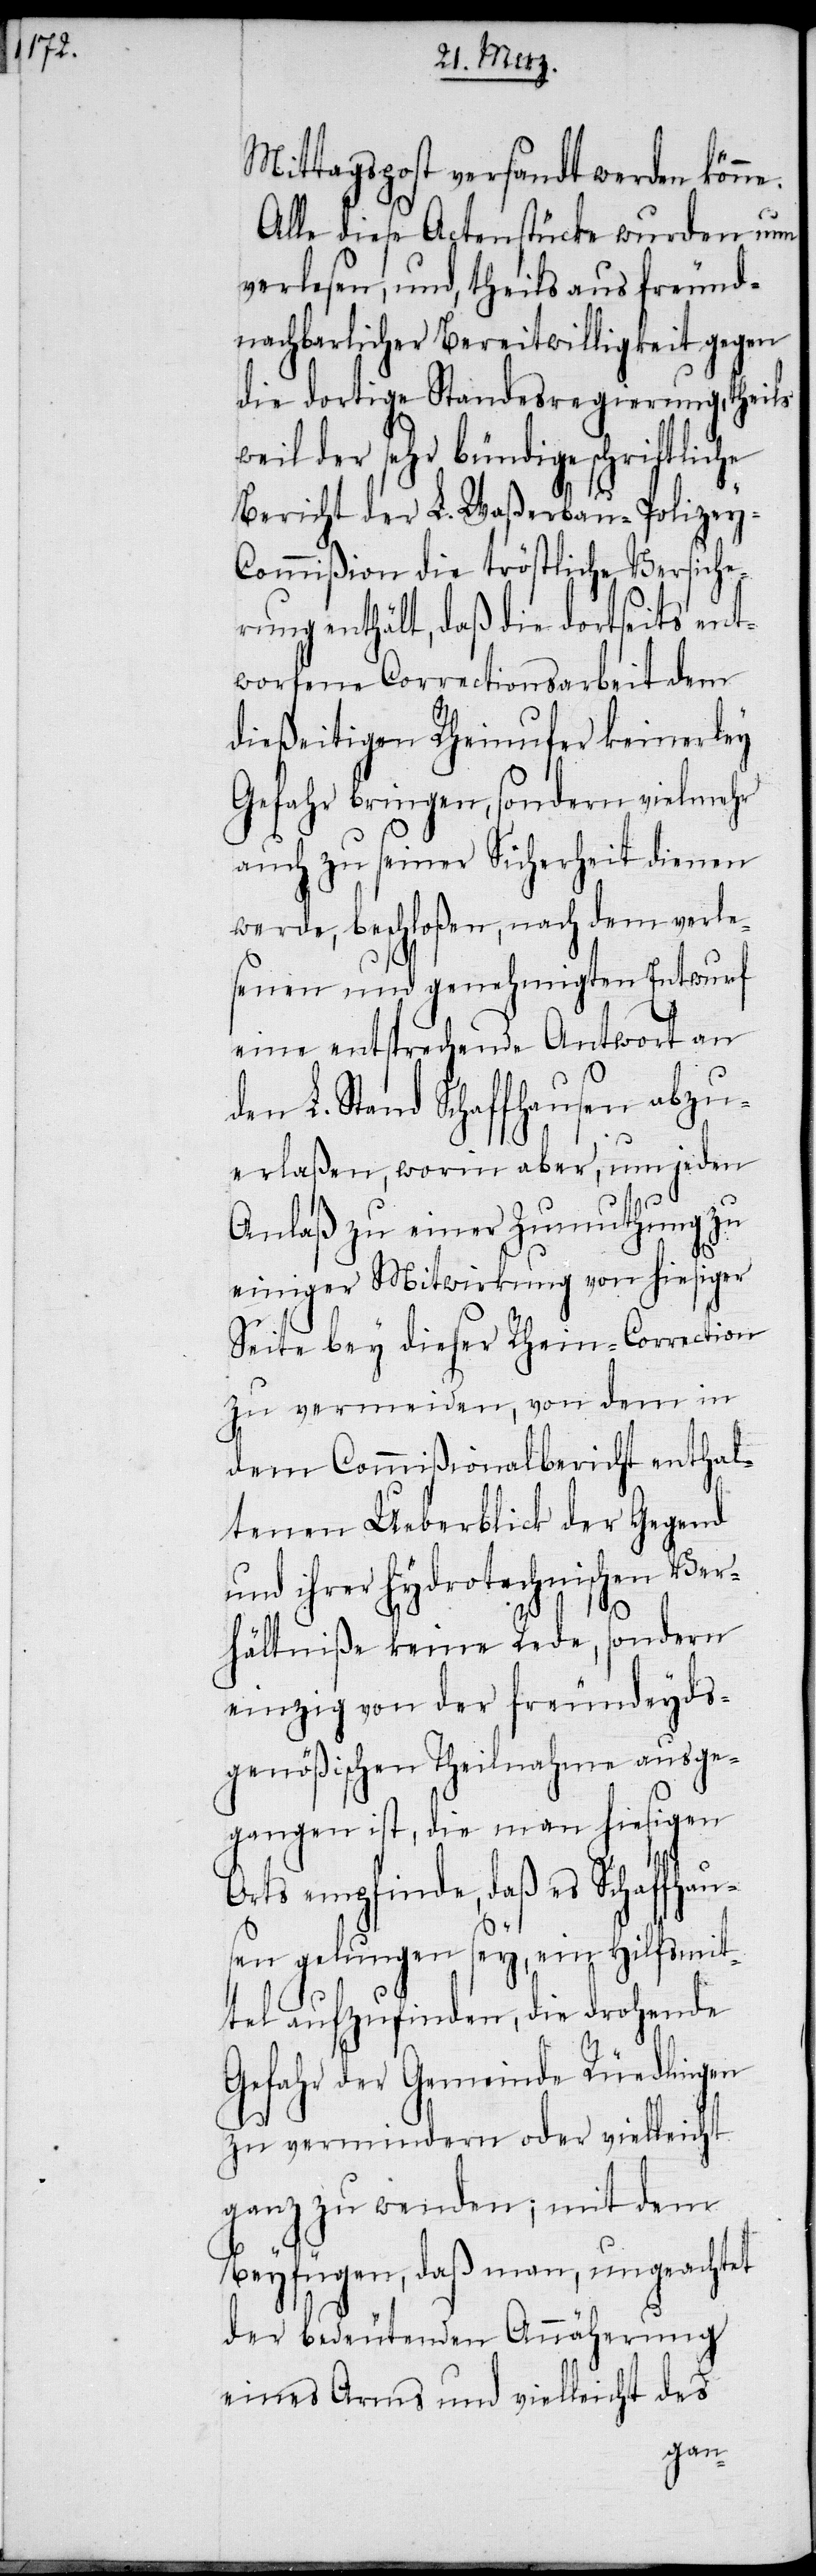
Mittagspost versandt werden könne.
Alle diese Actenstücke wurden nun
verlesen, und, theils aus freund¬
nachbarlicher Bereitwilligkeit gegen
die dortige Standesregierung, theils
weil der sehr bündige schriftliche
Bericht der L. Waßerbau-Polizey-C¬
ommißion die tröstliche Versiche¬
rung enthält, daß die dortseits ent¬
worfene Correctionsarbeit dem
dießeitigen Rheinufer keinerley
Gefahr bringen, sondern vielmehr
auch zu seiner Sicherheit dienen
werde, beschloßen, nach dem verle¬
senen und genehmigten Entwurf
eine entsprechende Antwort an
den L. Stand Schaffhausen abzu¬
erlaßen, worin aber, um jeden
Anlaß zu einer Zumuthung zu
einiger Mitwirkung von hiesiger
Seite bey dieser Rhein-Correction
zu vermeiden, von dem in
dem Commißionalbericht enthal¬
tenen Ueberblick der Gegend
und ihrer hydrotechnischen Ver¬
hältniße keine Rede, sondern
einzig von der freundeyds¬
genößischen Theilnahme ausge¬
gangen ist, die man hiesigen
empfinde, daß es Schaffhau¬
sen gelungen sey, ein Hilfsmit¬
tel aufzufinden, die drohende
Gefahr der Gemeinde Rüedlingen
zu vermindern oder vielleicht
ganz zu wenden; mit dem
Beyfügen, daß man, ungeachtet
der bedeutenden Annäherung
eines Arms und vielleicht des